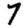
Digit: 7